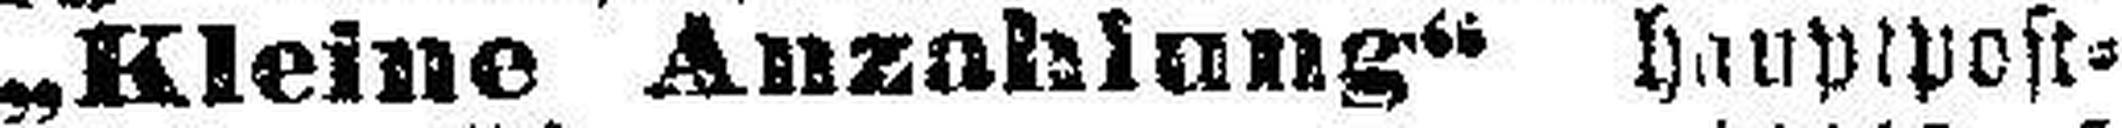
„Kleine Anzahlung“ hauptpost¬